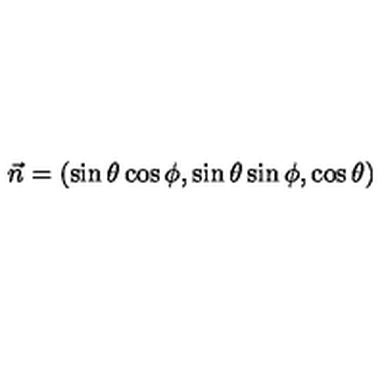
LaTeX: \vec { n } = ( \sin \theta \cos \phi , \sin \theta \sin \phi , \cos \theta )